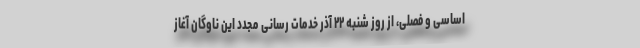
اساسی و فصلی، از روز شنبه ۲۲ آذر خدمات رسانی مجدد این ناوگان آغاز